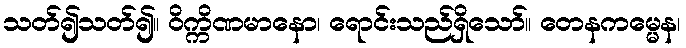
သတ်၍သတ်၍။ ဝိက္ကိဏမာနော၊ ရောင်းသည်ရှိသော်။ တေနကမ္မေန၊